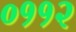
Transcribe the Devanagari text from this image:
०११२